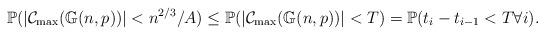
LaTeX: \begin{align*}\mathbb{P}(|\mathcal{C}_{\max}(\mathbb{G}(n,p))|<n^{2/3}/A)\leq \mathbb{P}(|\mathcal{C}_{\max}(\mathbb{G}(n,p))|<T)=\mathbb{P}(t_i-t_{i-1}<T \forall i).\end{align*}